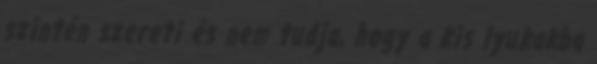
szintén szereti és nem tudja, hogy a kis lyukakba